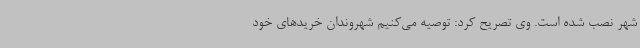
شهر نصب شده است. وی تصریح کرد: توصیه می‌کنیم شهروندان خریدهای خود